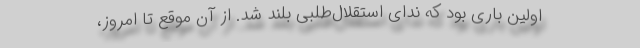
اولین باری بود که ندای استقلال‌طلبی بلند شد. از آن موقع تا امروز،